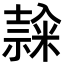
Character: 𥻳